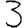
Digit: 3